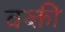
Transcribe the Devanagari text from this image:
वय्क्ती